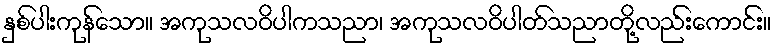
နှစ်ပါးကုန်သော။ အကုသလဝိပါကသညာ၊ အကုသလဝိပါတ်သညာတို့လည်းကောင်း။